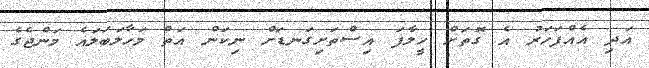
އަދި އެއްފަހަރު އެ ގޮތަށް ހީލާފަ އިސްތަށިގަނޑަށް ނިކަން އަތް މަހާލަބަލައެ މަންޖެގެ